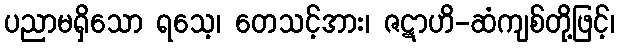
ပညာမရှိသော ရသေ့၊ တေသင့်အား၊ ဇဋာဟိ-ဆံကျစ်တို့ဖြင့်၊